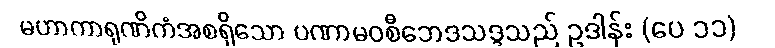
မဟာကာရုဏိကံအစရှိသော ပဏာမဝစီဘေဒသဒ္ဒသည် ဥဒါန်း (ပေ ၁၁)